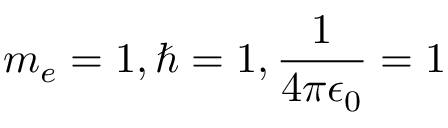
m _ { e } = 1 , \hbar = 1 , \frac { 1 } { 4 \pi \epsilon _ { 0 } } = 1